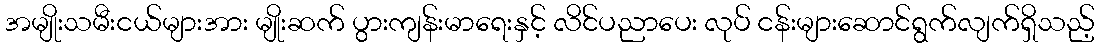
အမျိုးသမီးငယ်များအား မျိုးဆက် ပွားကျန်းမာရေးနှင့် လိင်ပညာပေး လုပ် ငန်းများဆောင်ရွက်လျက်ရှိသည့်